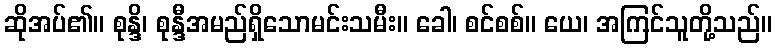
ဆိုအပ်၏။ စုန္ဒိ၊ စုန္ဒီအမည်ရှိသောမင်းသမီး။ ခေါ၊ စင်စစ်။ ယေ၊ အကြင်သူတို့သည်။